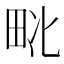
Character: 𱰬